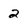
Character: 2